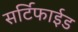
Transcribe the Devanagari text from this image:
सर्टिफाईड